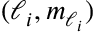
( \ell _ { i } , m _ { \ell _ { i } } )